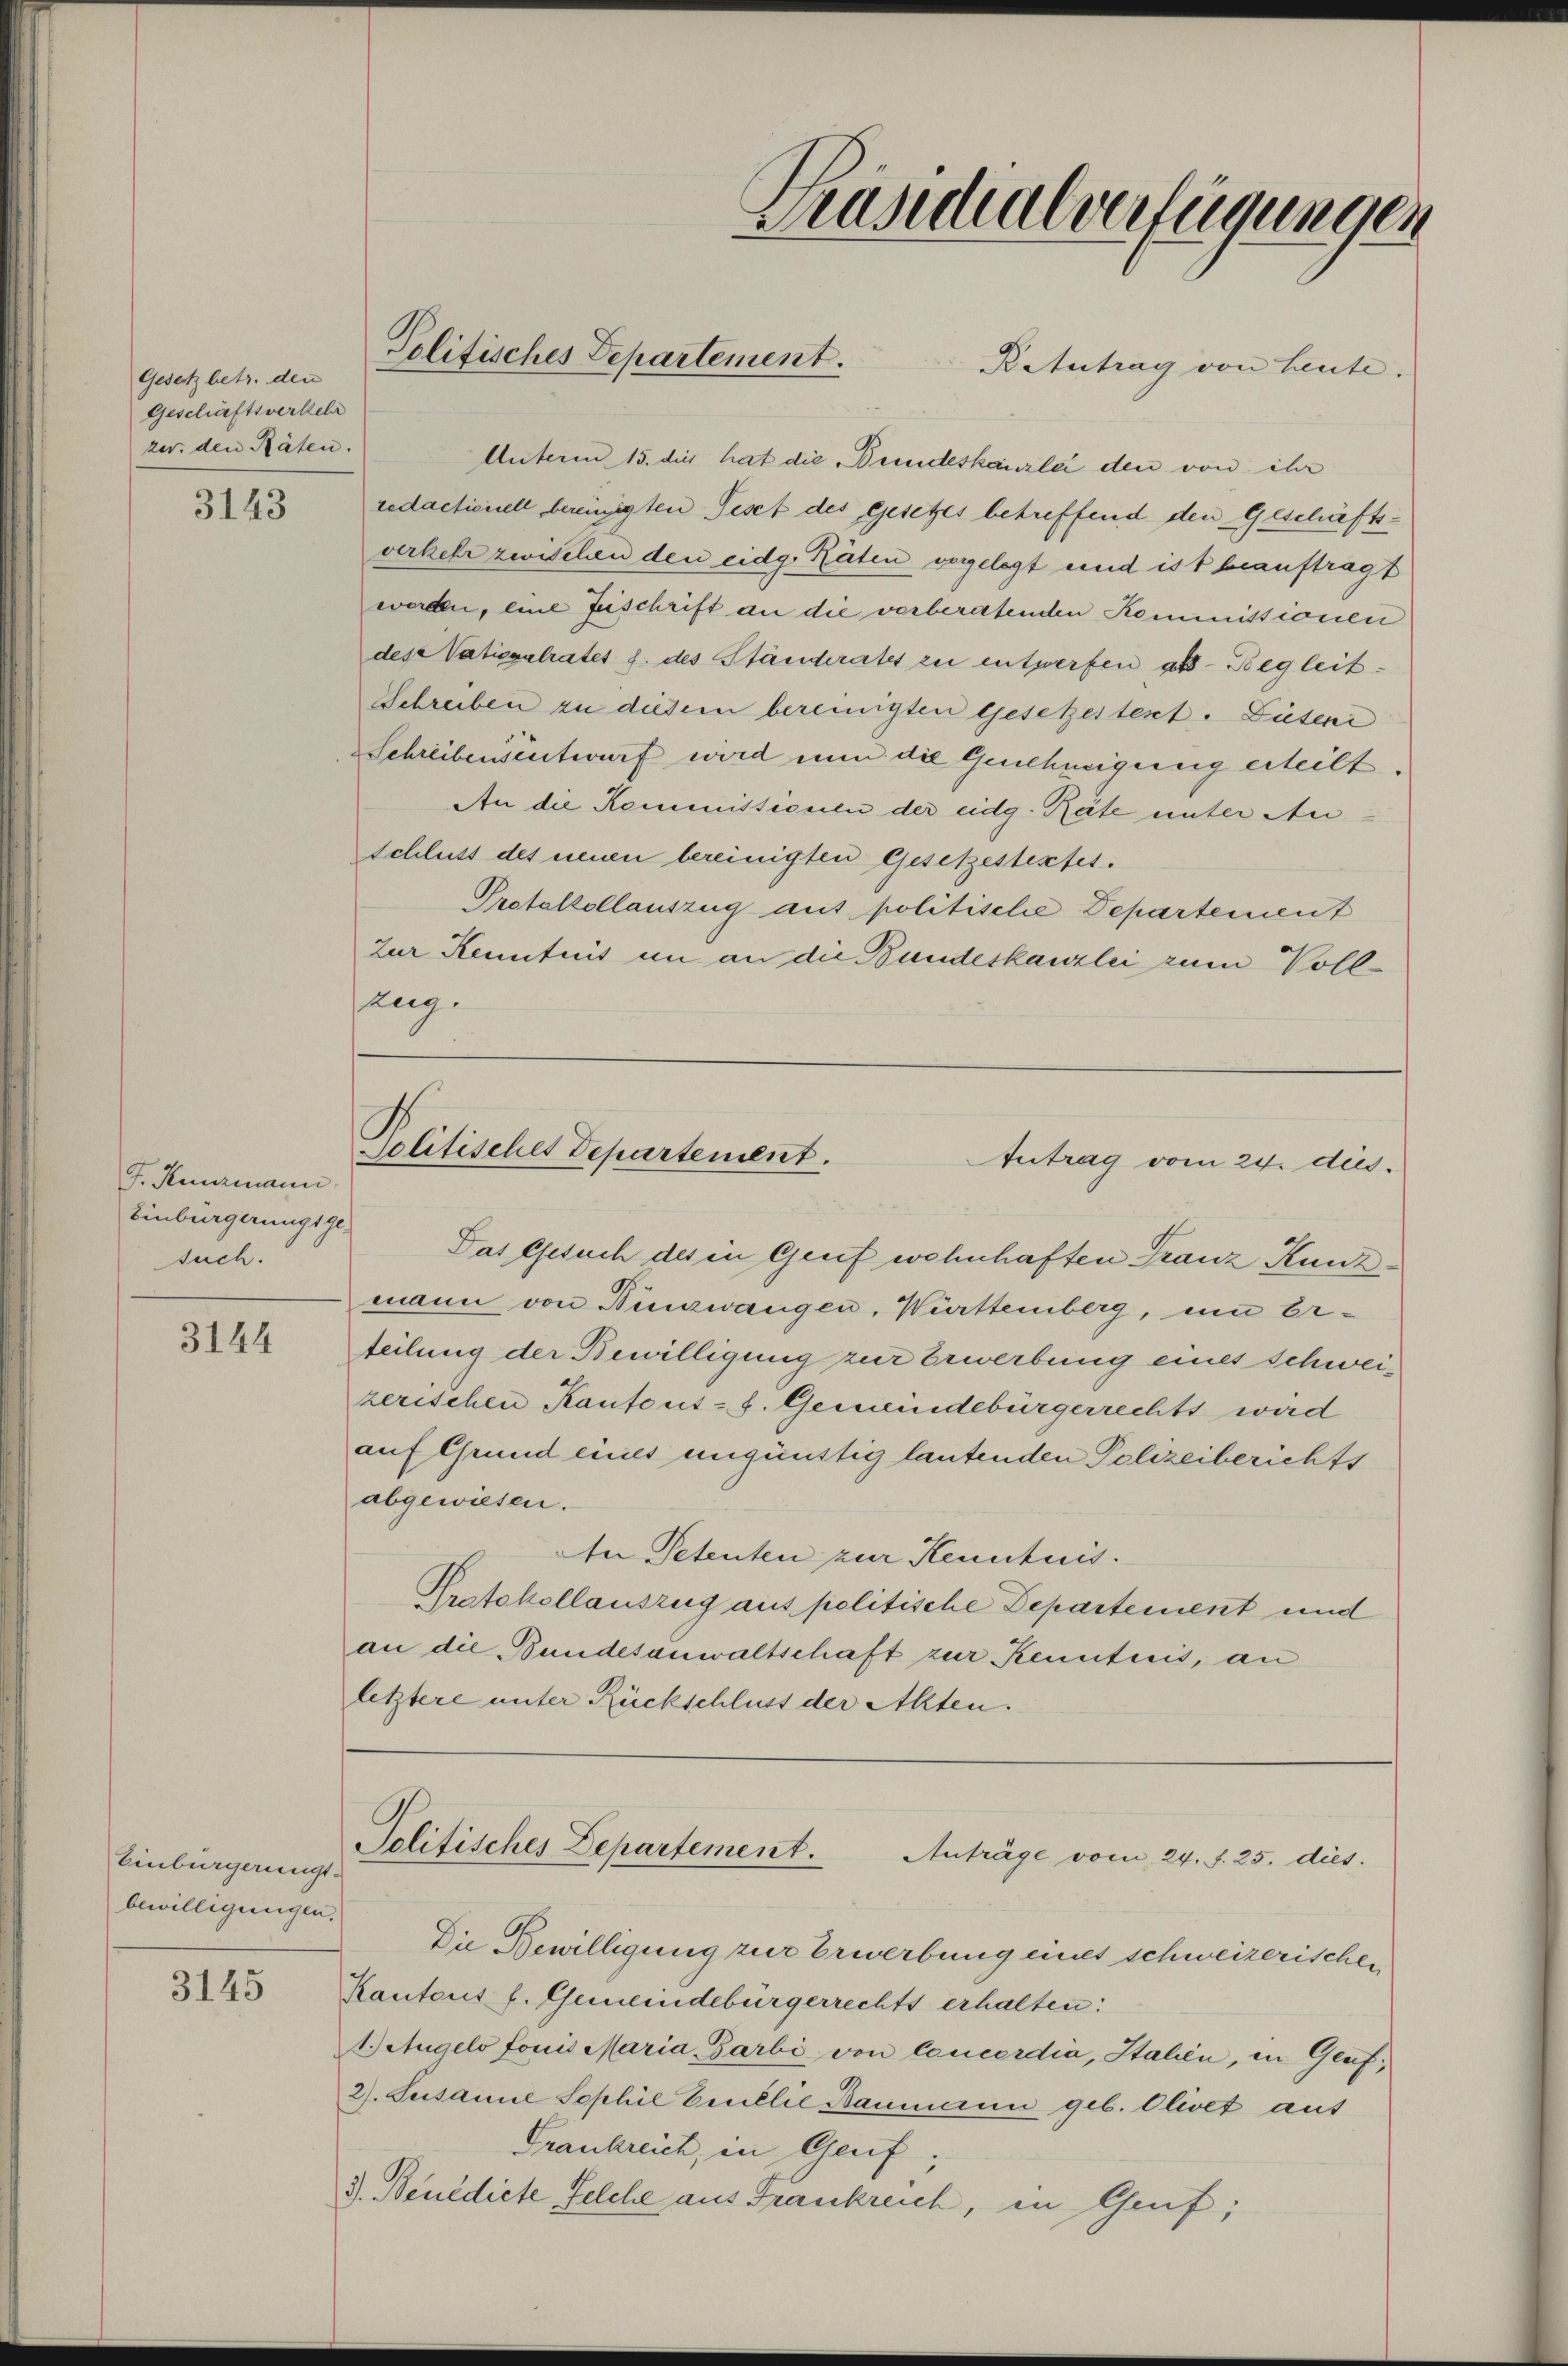
Gesetz betr. den
Geschäftsverkehr
zer, den Räten.

3143

J. Kunzmann
Einbürgerungsgesuch.

3144

Einbürgerungs-
bewilligungen.

3145

Politisches Departement.

Politisches Departement.
Antrag vom 24. dies

Retutrag von Leute.
Unterm 15. die hat die Bundeskanzlei den von ihr
redactionell bereinigten Pest des Gesetzes betreffend den Geschäftsverkehr zwischen den eidg. Räten vergelegt und ist beauftragt
werden, eine Zuschrift an die verberatenden Kommissionen
des Vatiepalrates h. des Ständerates zu entwerfen als Begleit¬
Schreiben zu diesem bereinigten Gesetzestent. Diesen
Schreibensentwurf wird nun die Genehmigung erteilt.
An die Kommissionen der eidg. Räte unter An
schluß des neuen bereinigten Gesetzestextes.
Protokollauszug aus politische Departement
zur Kenntnis an an die Bundeskanzlei zum Vollzug.

Das Gesuch des in Genf wohnhaften Franz Kunz
mann von Bunzwangen, Württemberg, um Erteilung der Bewilligung zur Erwerbung eines Schweizerischen Kantons - 8. Gemeindebürgerrechts wird
auf Grund eines ungünstig lautenden Polizeiberichts
abgewiesen.
An Petenten zur Kenntnis.
Protokollauszug aus politische Departement und
an die Bundesanwaltschaft zur Kenntnis, an
letztere unter Rückschluss der Alten.
Solitisches Departement. Anträge vom 24. d. 25. dies
Die Bewilligung zur Erwerbung eines schweizerischen
Kantons f. Gemeindebürgerrechts erhalten:
A. Augelo fonis Maria Garbi von Concordia, Italien, in Genf,
2). Susanne Sophie Eruélie Baumann geb. Olivet aus
Frankreich, in Genf,
3). Benedicte Felche aus Frankreich, in Genf;

Zeusidialverfügungen